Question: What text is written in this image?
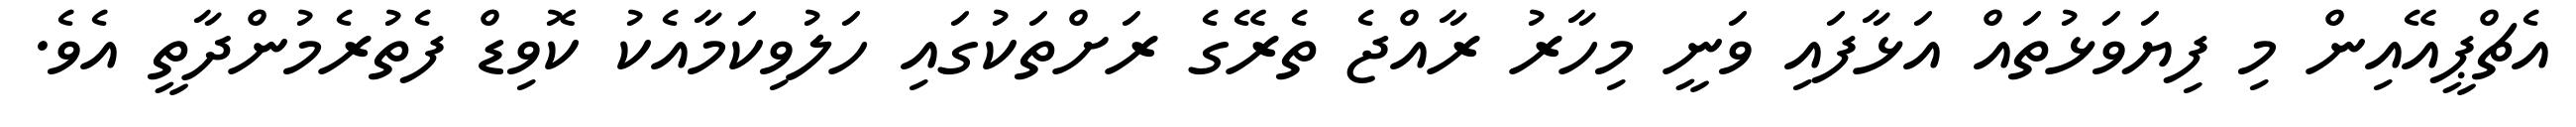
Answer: އެޗްޕީއޭއިން މި ފިޔަވަޅުތައް އަޅާފައި ވަނީ މިހާރު ރާއްޖެ ތެރޭގެ ރަށްތަކުގައި ހަލުވިކަމާއެކު ކޮވިޑް ފެތުރެމުންދާތީ އެވެ.